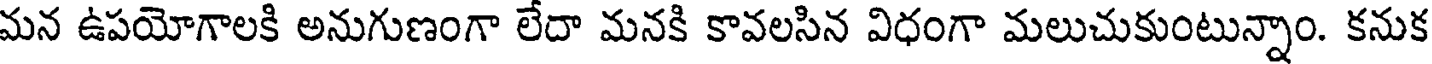
మన ఉపయోగాలకి అనుగుణంగా లేదా మనకి కావలసిన విధంగా మలుచుకుంటున్నాం. కనుక